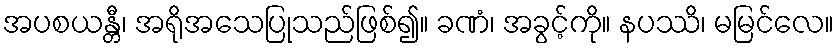
အပစယန္တီ၊ အရိုအသေပြုသည်ဖြစ်၍။ ခဏံ၊ အခွင့်ကို။ နပဿိ၊ မမြင်လေ။